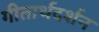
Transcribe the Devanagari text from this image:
गीतार्थदर्शन